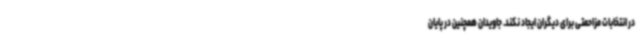
در انتخابات مزاحمتی برای دیگران ایجاد نکند. جاویدان همچنین در پایان